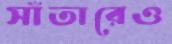
সাঁতারেও